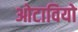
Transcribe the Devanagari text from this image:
ओटावियो